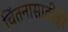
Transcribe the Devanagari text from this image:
चिंतनासाठीही